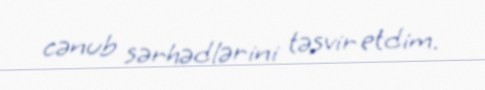
cənub sərhədlərini təsvir etdim.